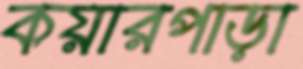
কয়ারপাড়া